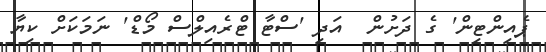
ޕެއިންޓިން' ގެ ދަށުން  އަދި 'ސްޓާ ޓްރެއިލްސް މޯޑް' ނަމަކަށް ކިޔާ